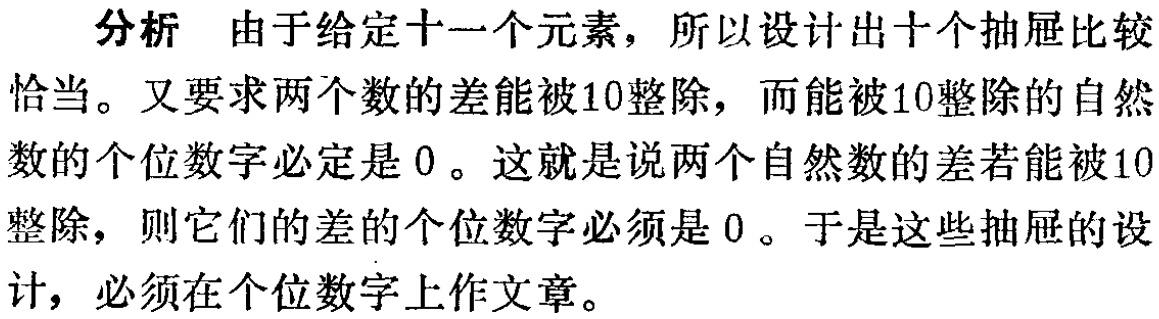
分析 由于给定十一个元素，所以设计出十个抽屉比较

恰当。又要求两个数的差能被10整除，而能被10整除的自然

数的个位数字必定是0 。这就是说两个自然数的差若能被10

整除，则它们的差的个位数字必须是0 。于是这些抽屉的设

计，必须在个位数字上作文章。